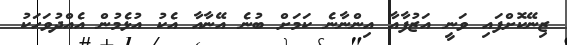
ޒިނޭކޮށްފައި ވަނީ އަޒުފާއާ އިންނާނެ ކަމަށް ބުނެ އޭނާއާ އެކު އުޅެމުން އެއްދުވަހަކު